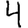
Digit: 4